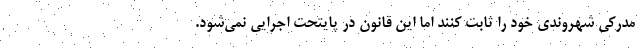
مدرکی شهروندی خود را ثابت کنند اما این قانون در پایتحت اجرایی نمی‌شود.